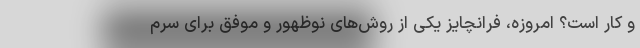
و کار است؟ امروزه، فرانچایز یکی از روش‌های نوظهور و موفق برای سرم